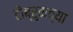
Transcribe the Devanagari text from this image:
टोब्रुकच्या